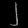
Digit: ၂